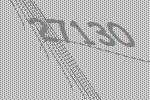
27130